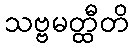
သဗ္ဗမတ္ထီတိ